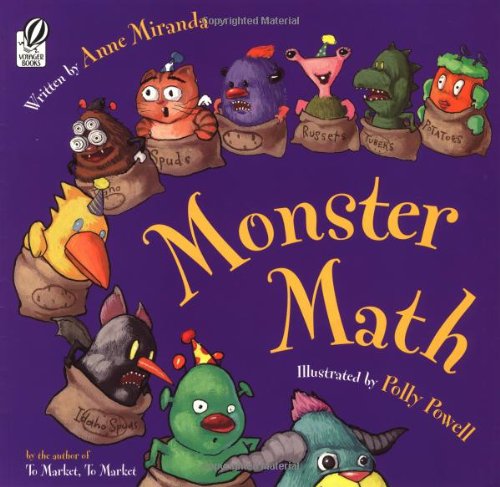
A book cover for Monster Math; Anne Miranda; Children's Books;